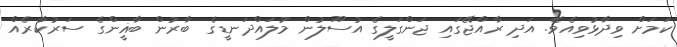
ކަމަށް ވިދާޅުވިއެވެ. އަދި ރާއްޖޭގައި ޖަންގަލީގެ އުސޫލުން މުލައްދަނޑީގެ ބާރުން ބާޣީންގެ ސަރުކާރެއް